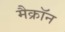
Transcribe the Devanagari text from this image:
मैक्रॉन